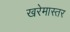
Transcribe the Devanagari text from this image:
खरेमास्तर